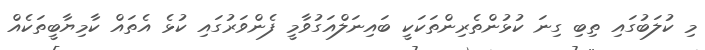
މި ކުލަބުގައި ތިބި ގިނަ ކުޅުންތެރިންތަކަކީ ބައިނަލްއަގުވާމީ ފެންވަރުގައި ކުޅެ އެތައް ކާމިޔާބީތަކެއް